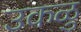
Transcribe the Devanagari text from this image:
उकळु